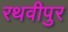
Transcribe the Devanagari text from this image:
रथवीपुर